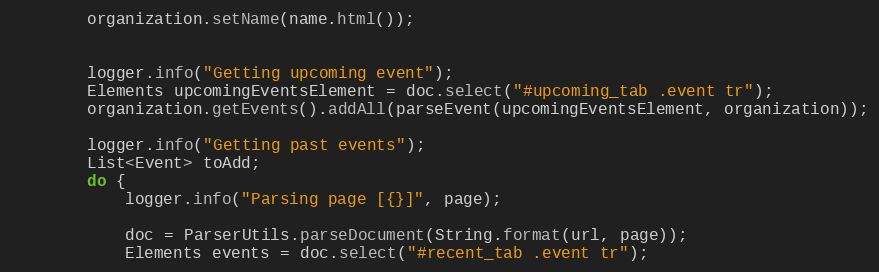
Language: Java
        organization.setName(name.html());

        logger.info("Getting upcoming event");
        Elements upcomingEventsElement = doc.select("#upcoming_tab .event tr");
        organization.getEvents().addAll(parseEvent(upcomingEventsElement, organization));

        logger.info("Getting past events");
        List<Event> toAdd;
        do {
            logger.info("Parsing page [{}]", page);

            doc = ParserUtils.parseDocument(String.format(url, page));
            Elements events = doc.select("#recent_tab .event tr");